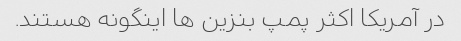
در آمریکا اکثر پمپ بنزین ها اینگونه هستند.